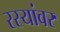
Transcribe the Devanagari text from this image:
रस्यांवर